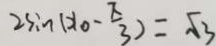
2 \sin ( x _ { 0 } - \frac { x } { 3 } ) = \sqrt { 3 }